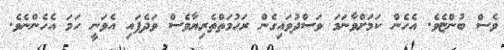
ވެސް ބުންޏެވެ. އެހެން ކަމަށްވާނަމަ ވަސްދުވައިގެން ރަހުމަތްތެރިޔާވެސް ވަދެފައި އެވަނީ ހަމަ އެހެންނެވެ.